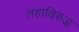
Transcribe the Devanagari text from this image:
तहाविरुद्ध